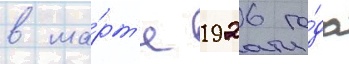
в ма́рт'е 1926 го́да